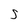
Character: S